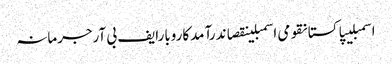
اسمبلیپاکستانقومی اسمبلینقصاندرآمدکاروبارایف بی آرجرمانہ